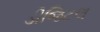
ડીજિટલ